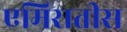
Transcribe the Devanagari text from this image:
एमिरातीस